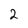
Character: 2